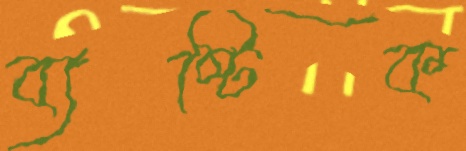
ব্যষ্টিক